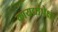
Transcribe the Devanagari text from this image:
कायद्यांपेक्षा